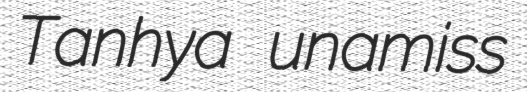
Tanhya unamiss